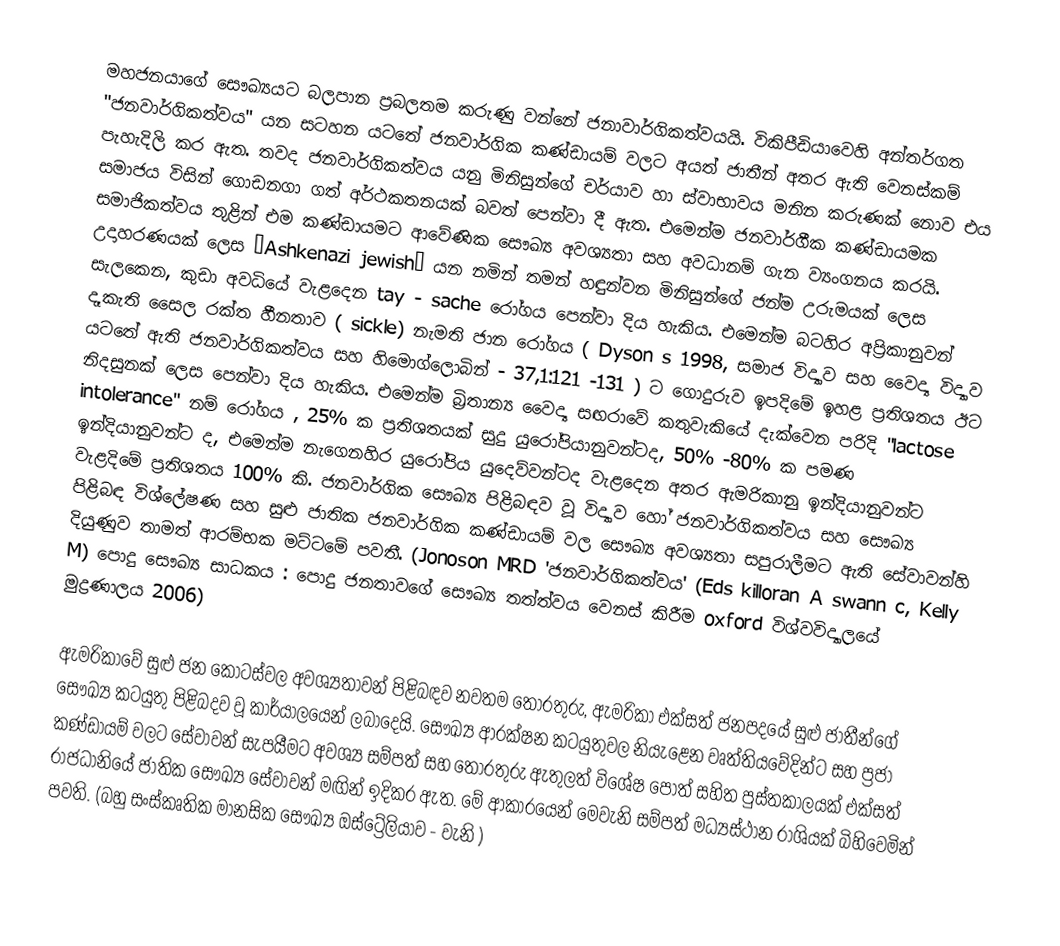
මහජනයාගේ සෞඛ්‍යයට බලපාන ප්‍රබලතම කරුණු වන්නේ ජනාවාර්ගිකත්වයයි. විකිපීඩියාවෙහි අන්තර්ගත "ජනවාර්ගිකත්වය" යන සටහන යටතේ ජනවාර්ගික කණ්ඩායම් වලට අයත් ජාතීන් අතර ඇති වෙනස්කම් පැහැදිලි කර ඇත. තවද ජනවාර්ගිකත්වය යනු මිනිසුන්ගේ චර්යාව හා ස්වාභාවය මනින කරුණක් නොව එය සමාජය විසින් ගොඩනගා ගත් අර්ථකතනයක් බවත් පෙන්වා දී ඇත. එමෙන්ම ජනවාර්ගීක කණ්ඩායමක සමාජිකත්වය තුළින් එම කණ්ඩායමට ආවේණික සෞඛ්‍ය අවශ්‍යතා සහ අවධානම් ගැන ව්‍යංගනය කරයි. උදාහරණයක් ලෙස “Ashkenazi jewish” යන නමින් තමන් හඳුන්වන මිනිසුන්ගේ ජන්ම උරුමයක් ලෙස සැලකෙන, කුඩා අවධියේ වැළදෙන tay - sache රෝගය පෙන්වා දිය හැකිය. එමෙන්ම බටහිර අප්‍රිකානුවන් දෑකැති සෛල රක්ත හීනතාව ( sickle) නැමති ජාන රෝගය ( Dyson s 1998, සමාජ විද්‍යාව සහ වෛද්‍ය විද්‍යාව යටතේ ඇති ජනවාර්ගිකත්වය සහ හිමොග්ලොබින් - 37,1:121 -131 ) ට ගොදුරුව ඉපදිමේ ඉහළ ප්‍රතිශතය ඊට නිදසුනක් ලෙස පෙන්වා දිය හැකිය. එමෙන්ම බ්‍රිතාන්‍ය වෛද්‍ය සඟරාවේ කතුවැකියේ දැක්වෙන පරිදි  "lactose intolerance" නම් රෝගය , 25% ක ප්‍රතිශතයක් සුදු යුරෝපියානුවන්ටද, 50% -80% ක පමණ ඉන්දියානුවන්ට ‍ද, ‍එමෙන්ම නැගෙනහිර යුරෝපිය යුදෙව්වන්ටද වැළදෙන අතර ඇමරිකානු ඉන්දියානුවන්ට වැළදිමේ ප්‍රතිශතය 100% කි. ජනවාර්ගික සෞඛ්‍ය පිළිබඳව වූ විද්‍යාව හෝ ජනවාර්ගිකත්වය  සහ සෞඛ්‍ය පිළිබඳ විශ්ලේෂණ සහ සුළු ජාතික ජනවාර්ගික කණ්ඩායම් වල සෞඛ්‍ය අවශ්‍යතා සපුරාලීමට ඇති සේවාවන්හි දියුණුව තාමත් ආරම්භක මට්ටමේ පවතී. (Jonoson MRD 'ජනවාර්ගිකත්වය'  (Eds killoran A swann c, Kelly M)  පොදු සෞඛ්‍ය සාධකය : පොදු ජනතාවගේ සෞඛ්‍ය තත්ත්වය වෙනස් කිරීම oxford විශ්වවිද්‍යාලයේ මුද්‍රණාලය 2006)

ඇමරිකාවේ සුළු ජන කොටස්වල අවශ්‍යතාවන් පිළිබඳව නවතම තොරතුරු, ඇමරිකා එක්සත් ජනපදයේ සුළු ජාතීන්ගේ සෞඛ්‍ය කටයුතු පිළිබදව වූ කාර්යාලයෙන් ලබාදෙයි. සෞඛ්‍ය ආරක්ෂන කටයුතුවල නියැළෙන වෘත්තියවේදින්ට සහ ප්‍රජා කණ්ඩායම් වලට සේවාවන් සැපයීමට අවශ්‍ය සම්පත් සහ තොරතුරු ඇතුලත් විශේෂ පොත් සහිත පුස්තකාලයක් එක්සත් රාජධානියේ ජාතික සෞඛ්‍ය සේවාවන් මඟින්  ඉදිකර ඇත. මේ ආකාරයෙන් මෙවැනි සම්පත් මධ්‍යස්ථාන රාශියක් බිහිවෙමින් පවති. (බහු සංස්කෘතික මානසික සෞඛ්‍ය ඔස්ට්‍රේලියාව - වැනි )